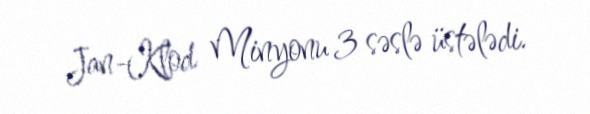
Jan-Klod Minyonu 3 səslə üstələdi.